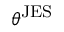
\theta ^ { \mathrm { J E S } }